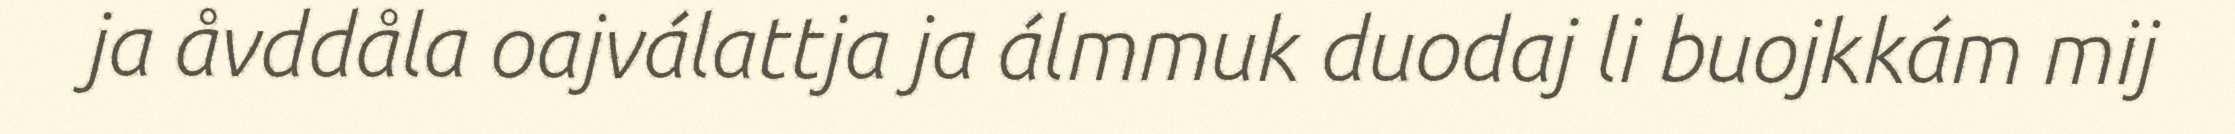
ja åvddåla oajválattja ja álmmuk duodaj li buojkkám mij